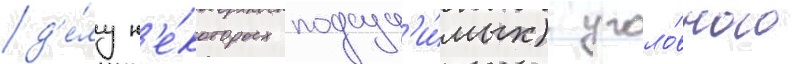
д'е́лу н'е́которых подсуд'и́мых) уголо́вного